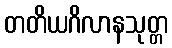
တတိယဂိလာနသုတ္တ